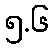
၅.၆